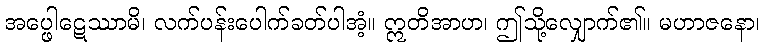
အပ္ဖေါဋေဿာမိ၊ လက်ပန်းပေါက်ခတ်ပါအံ့။ ဣတိအာဟ၊ ဤသို့လျှောက်၏။ မဟာဇနော၊